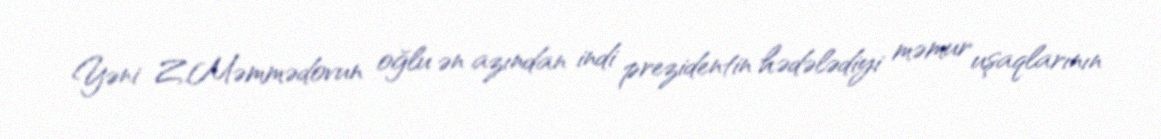
Yəni Z.Məmmədovun oğlu ən azından indi prezidentin hədələdiyi məmur uşaqlarının